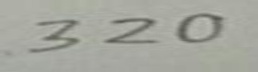
3 2 0